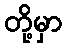
တို့မှာ